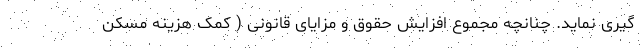
گیری نماید. چنانچه مجموع افزایش حقوق و مزایای قانونی ( کمک هزینه مسکن